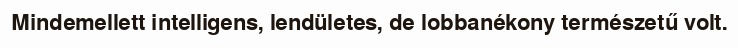
Mindemellett intelligens, lendületes, de lobbanékony természetű volt.